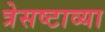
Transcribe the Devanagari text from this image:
त्रेसष्टाव्या